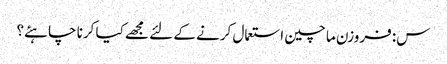
س: فروزن ما چین استعمال کرنے کے لئے مجھے کیا کرنا چاہئے؟